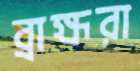
ব্রাহ্মরা